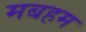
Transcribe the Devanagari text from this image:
मबहम